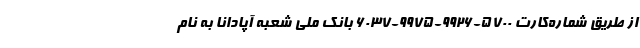
از طریق شماره‌کارت 5700-9926-9975-6037 بانک ملی شعبه آپادانا به نام